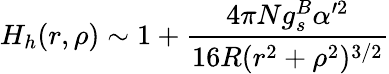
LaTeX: H_{h}(r,\rho)\sim 1+\frac{4\pi Ng_{s}^{B}\alpha^{\prime 2}}{16R(r^{2}+\rho^{2})^{3/2}}